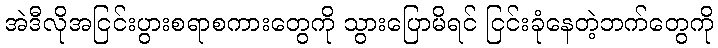
အဲဒီလိုအငြင်းပွားစရာစကားတွေကို သွားပြောမိရင် ငြင်းခုံနေတဲ့ဘက်တွေကို